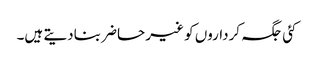
کئی جگہ کرداروں کو غیر حاضر بنادیتے ہیں۔